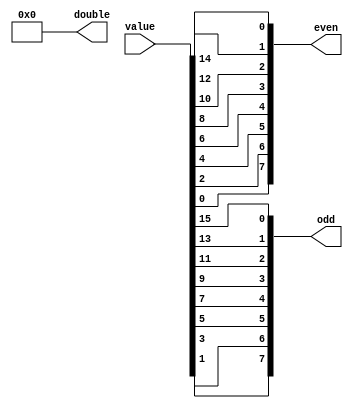
/*
   This file was generated automatically by Alchitry Labs version 1.2.1.
   Do not edit this file directly. Instead edit the original Lucid source.
   This is a temporary file and any changes made to it will be destroyed.
*/

/*
   Parameters:
     DUP = 0
     SPLIT = 1
     NOTES = 8
*/
module sig_selector_24 (
    input [15:0] value,
    output reg [15:0] double,
    output reg [7:0] even,
    output reg [7:0] odd
  );
  
  localparam DUP = 1'h0;
  localparam SPLIT = 1'h1;
  localparam NOTES = 4'h8;
  
  
  integer note;
  
  always @* begin
    double = 16'h0000;
    even = 8'h00;
    odd = 8'h00;
    if (1'h0) begin
      for (note = 1'h0; note < 4'h8; note = note + 1) begin
        double[(2'h2 * note)*1+0-:1] = value[(note)*1+0-:1];
        double[(2'h2 * note + 1'h1)*1+0-:1] = value[(note)*1+0-:1];
      end
    end
    if (1'h1) begin
      for (note = 1'h0; note < 4'h8; note = note + 1) begin
        even[(note)*1+0-:1] = value[(2'h2 * (4'h8 - note - 1'h1))*1+0-:1];
        odd[(note)*1+0-:1] = value[(2'h2 * (4'h8 - note) - 1'h1)*1+0-:1];
      end
    end
  end
endmodule